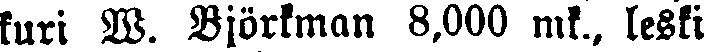
kuri W. Björkman 8,000 mk., leski